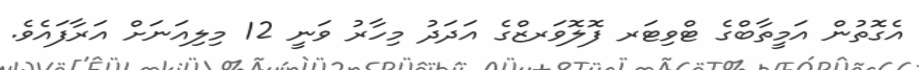
އެގޮތުން އަމީތާބްގެ ޓްވިޓަރ ފޮލޮވަރޒްގެ އަދަދު މިހާރު ވަނީ 12 މިލިއަނަށް އަރާފައެވެ.